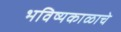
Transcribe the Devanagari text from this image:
भविष्यकाळाचे